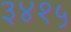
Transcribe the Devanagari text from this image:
३४१५